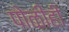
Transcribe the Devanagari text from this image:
पोळीही